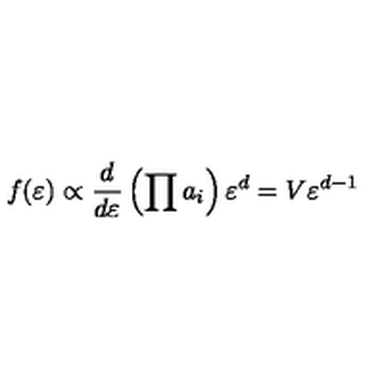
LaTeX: f ( \varepsilon ) \propto { \frac { d } { d \varepsilon } } \left( \prod a _ { i } \right) \varepsilon ^ { d } = V \varepsilon ^ { d - 1 }